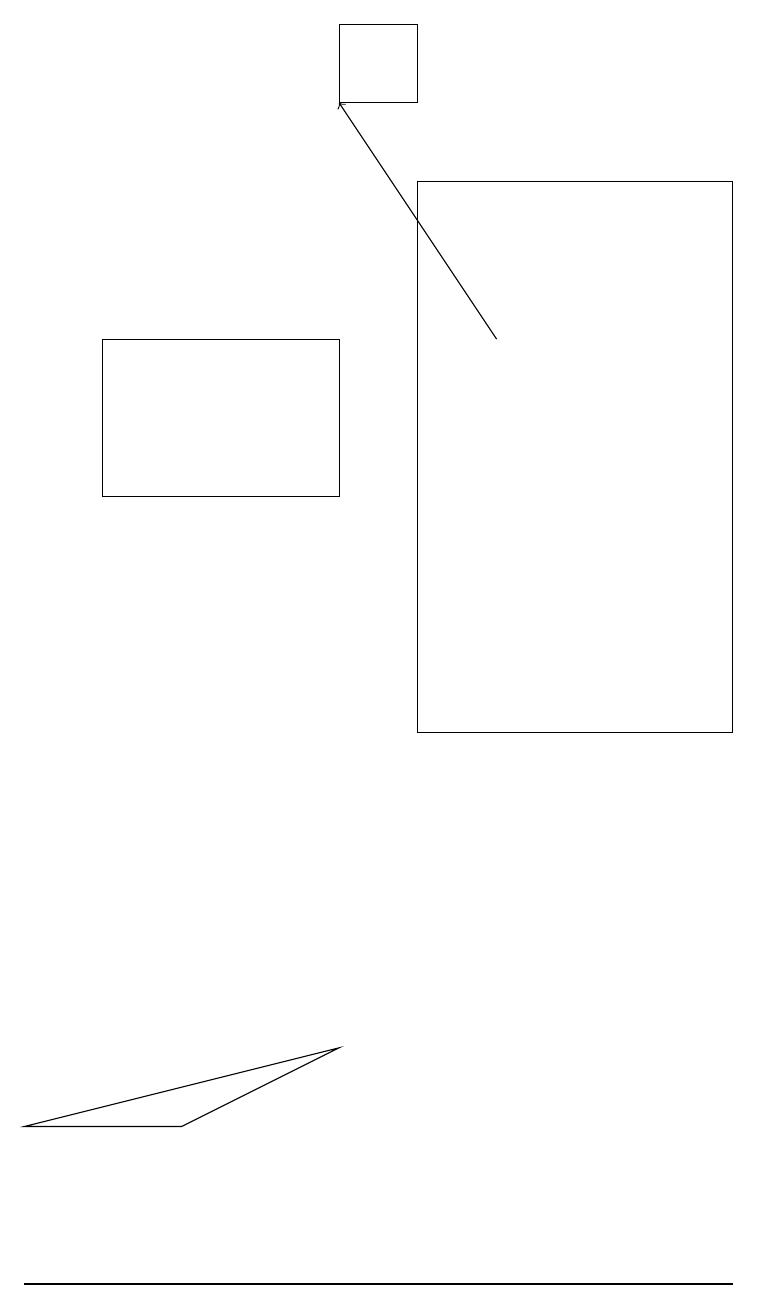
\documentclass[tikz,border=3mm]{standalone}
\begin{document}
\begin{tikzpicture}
\draw (2,5) -- (0,5) -- (4,6) -- cycle;
\draw (5,19) rectangle (4,18);
\draw (4,15) rectangle (1,13);
\draw (9,3) -- (2,3) -- (0,3) -- cycle;
\draw[->] (6,15) -- (4,18);
\draw (9,10) rectangle (5,17);
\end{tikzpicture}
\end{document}